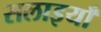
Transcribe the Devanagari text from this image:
सलाइयाँ